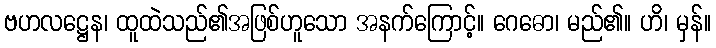
ဗဟလဋ္ဌေန၊ ထူထဲသည်၏အဖြစ်ဟူသော အနက်ကြောင့်။ ဂေဓော၊ မည်၏။ ဟိ၊ မှန်။